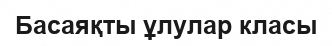
Басаяқты ұлулар класы